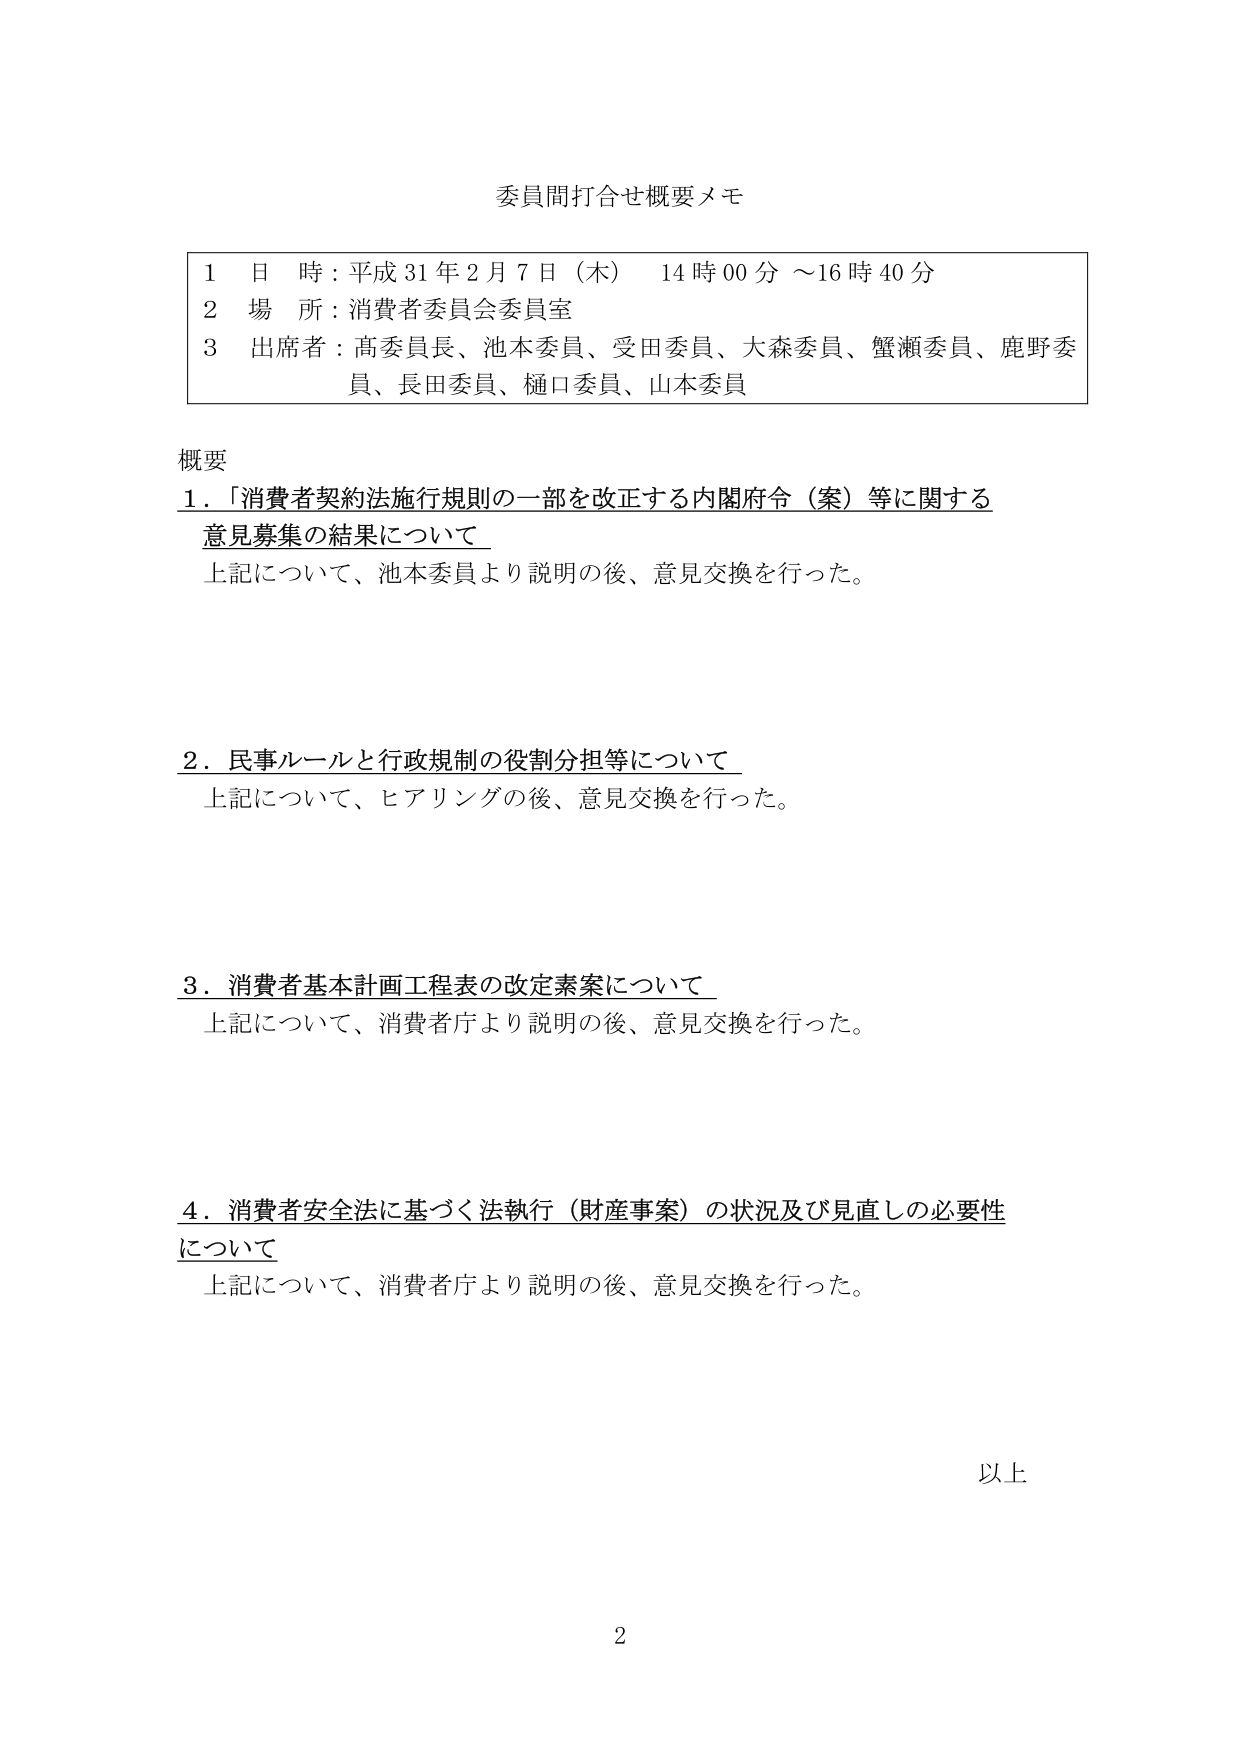
委員間打合せ概要メモ

1 日 時：平成31年2月7日（木） 14時00分～16時40分
2 場 所：消費者委員会委員室
3 出席者：髙委員長、池本委員、受田委員、大森委員、蟹瀬委員、鹿野委員、長田委員、樋口委員、山本委員

概要
1．「消費者契約法施行規則の一部を改正する内閣府令（案）等に関する意見募集の結果について」
　上記について、池本委員より説明の後、意見交換を行った。

2．民事ルールと行政規制の役割分担等について
　上記について、ヒアリングの後、意見交換を行った。

3．消費者基本計画工程表の改定素案について
　上記について、消費者庁より説明の後、意見交換を行った。

4．消費者安全法に基づく法執行（財産事案）の状況及び見直しの必要性について
　上記について、消費者庁より説明の後、意見交換を行った。

以上

2